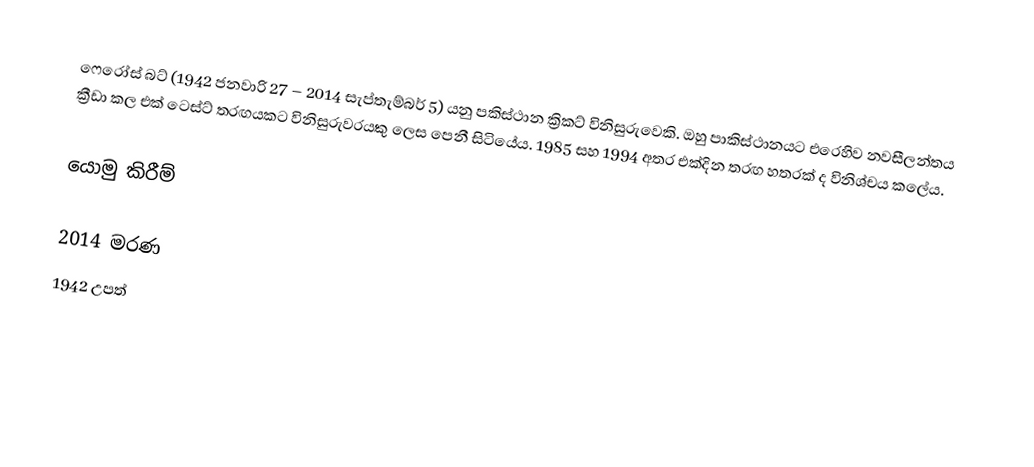
ෆෙරෝස් බට් (1942 ජනවාරි 27 – 2014 සැප්තැම්බර් 5) යනු පකිස්ථාන ක්‍රිකට් විනිසුරුවෙකි. ඔහු පාකිස්ථානයට එරෙහිව නවසීලන්තය ක්‍රීඩා කල එක් ටෙස්ට් තරඟයකට විනිසුරුවරයකු ලෙස පෙනී සිටියේය. 1985 සහ 1994 අතර එක්දින තරඟ හතරක් ද විනිශ්චය කලේය.

යොමු කිරීම්

2014 මරණ
1942 උපත්